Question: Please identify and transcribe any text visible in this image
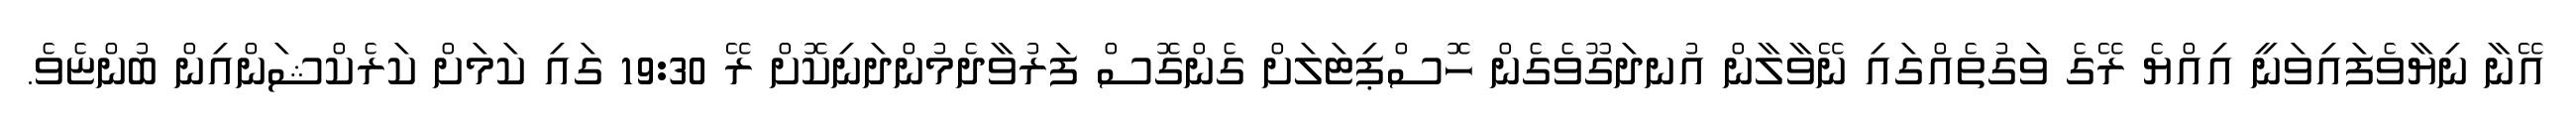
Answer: އޭނާ ނިޔާވެފައިވަނީ އިއްޔެ ރޭގެ ވަގުތެއްގައި ނޭވާލާން އުނދަގޫވެގެން ހޮސްޕިޓަލަށް ގެންގޮސް ފަރުވާދެމުންދަނިކޮށް ރޭ 19:30 ގައި ކަމަށް ކަރެކްޝަންއިން ބުންޏެވެ.